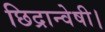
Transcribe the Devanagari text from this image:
छिद्रान्वेषी।